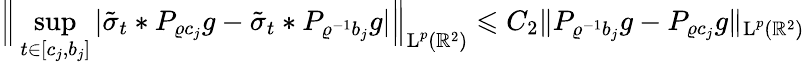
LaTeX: \Big\| \operatorname*{sup}_{t\in[c_{j},b_{j}]}|\tilde{\sigma}_{t}\ast P_{\varrho c_{j}}g-\tilde{\sigma}_{t}\ast P_{\varrho^{-1}b_{j}}g|\Big\| _{\textup{L}^{p}(\mathbb{R}^{2})}\leqslant C_{2}\| P_{\varrho^{-1}b_{j}}g-P_{\varrho c_{j}}g\| _{\textup{L}^{p}(\mathbb{R}^{2})}